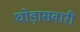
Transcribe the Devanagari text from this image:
घोड़ासवारी